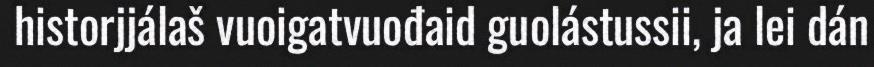
historjjálaš vuoigatvuođaid guolástussii, ja lei dán